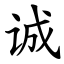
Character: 诚